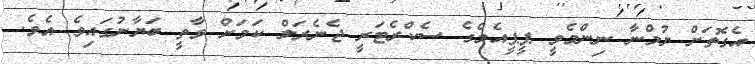
އެގޮތަށް ޔުމްނާ ނިންމެވީ ޕީޕީއެމްގެ ސެކްރެޓަރީ ޖެނެރަލް ކަމަށް ވާތީ ބަޔާނުގައިވެ އެވެ.